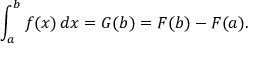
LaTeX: \int _ { a } ^ { b } f ( x ) \, d x = G ( b ) = F ( b ) - F ( a ) .